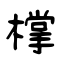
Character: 橕